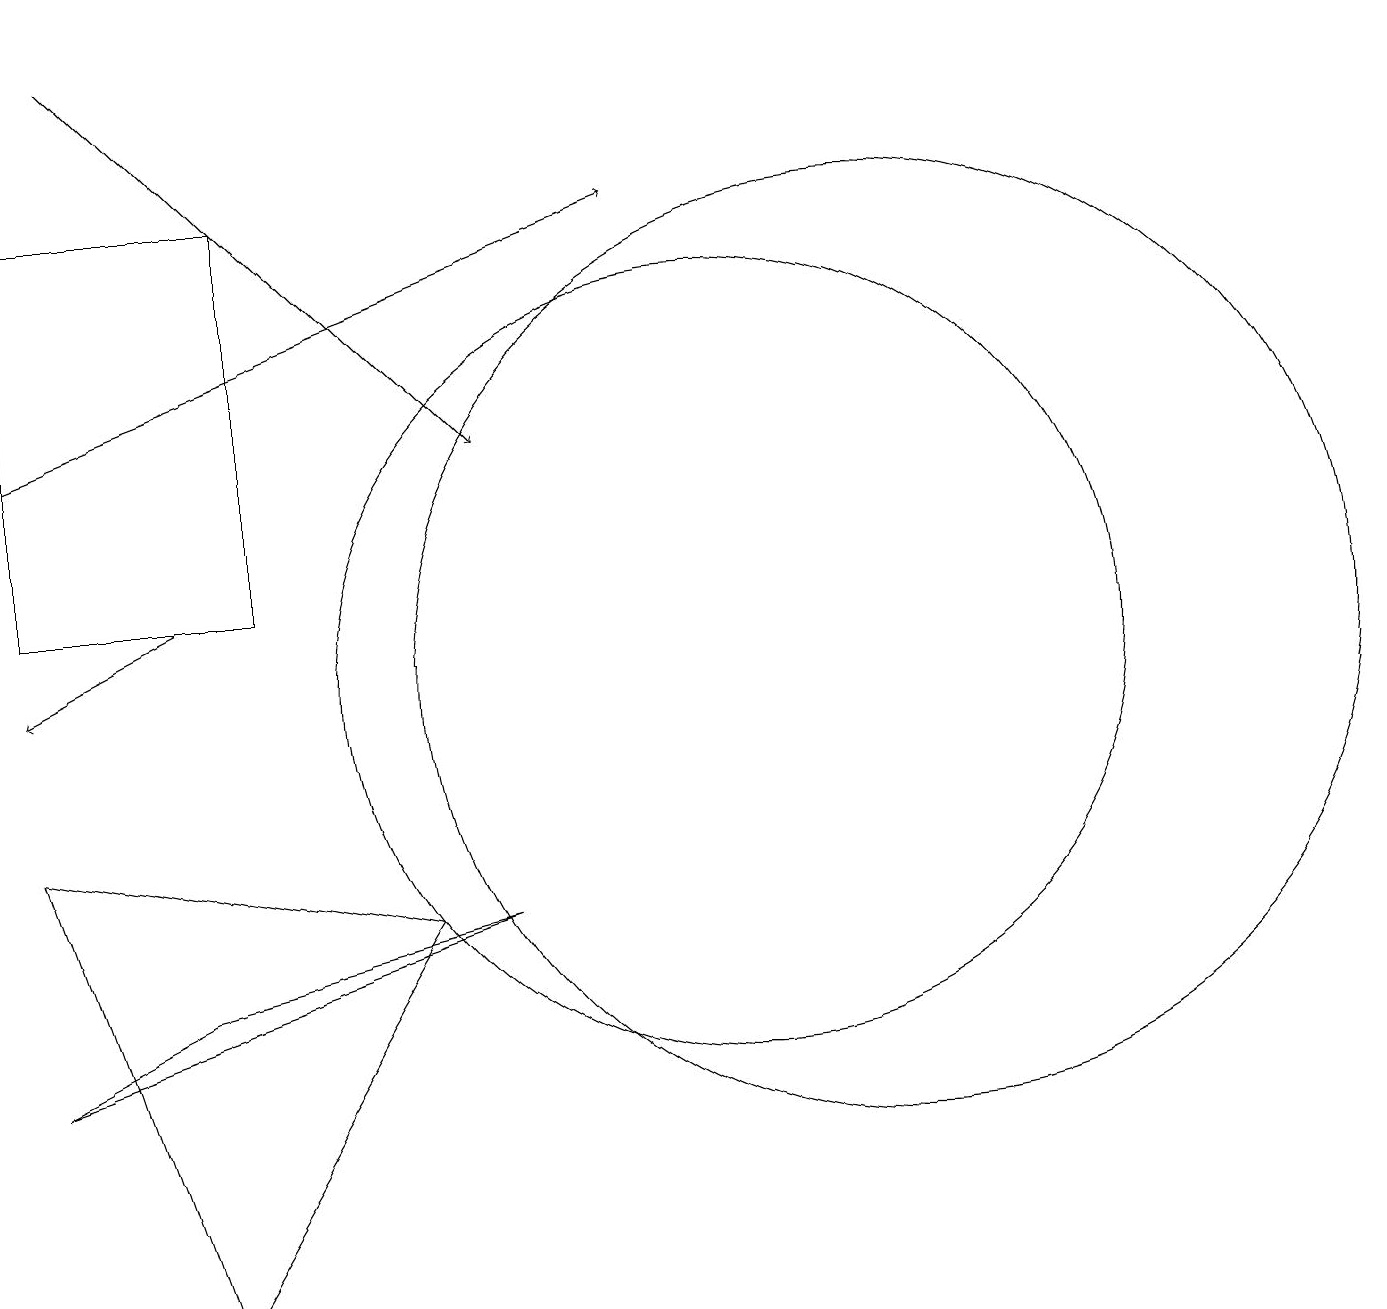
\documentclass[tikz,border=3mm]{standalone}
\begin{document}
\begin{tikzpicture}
\draw[->] (1,13) -- (9,16);
\draw (10,10) circle (5);
\draw (1,16) rectangle (4,11);
\draw (3,2) -- (6,7) -- (1,8) -- cycle;
\draw[->] (3,11) -- (1,10);
\draw (12,10) circle (6);
\draw (3,6) -- (1,5) -- (7,7) -- cycle;
\draw[->] (2,18) -- (7,13);
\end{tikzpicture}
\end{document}